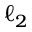
\ell _ { 2 }